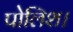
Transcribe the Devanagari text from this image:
पोलिश।